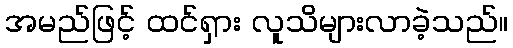
အမည်ဖြင့် ထင်ရှား လူသိများလာခဲ့သည်။